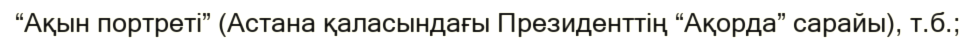
“Ақын портреті” (Астана қаласындағы Президенттің “Ақорда” сарайы), т.б.;